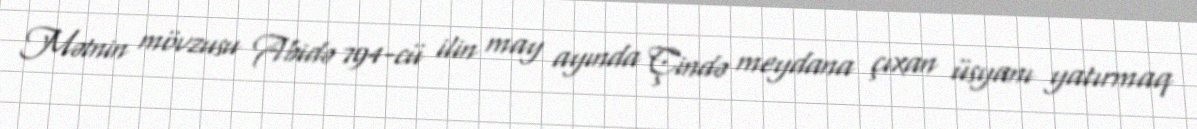
Mətnin mövzusu Abidə 794-cü ilin may ayında Çində meydana çıxan üsyanı yatırmaq